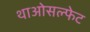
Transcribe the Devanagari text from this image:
थाओसल्फेट